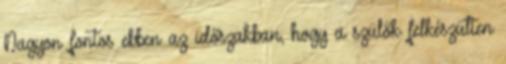
Nagyon fontos ebben az időszakban, hogy a szülők felkészülten